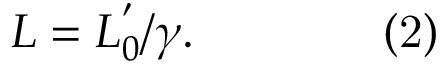
L = L _ { 0 } ^ { ' } / \gamma . \qquad \qquad { \mathrm { ( 2 ) } }